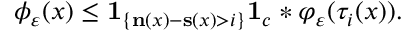
\phi _ { \varepsilon } ( x ) \leq \mathbf { 1 } _ { \left\{ \mathbf { n } ( x ) - \mathbf { s } ( x ) > i \right\} } \mathbf { 1 } _ { { c } } * \varphi _ { \varepsilon } ( \tau _ { i } ( x ) ) .